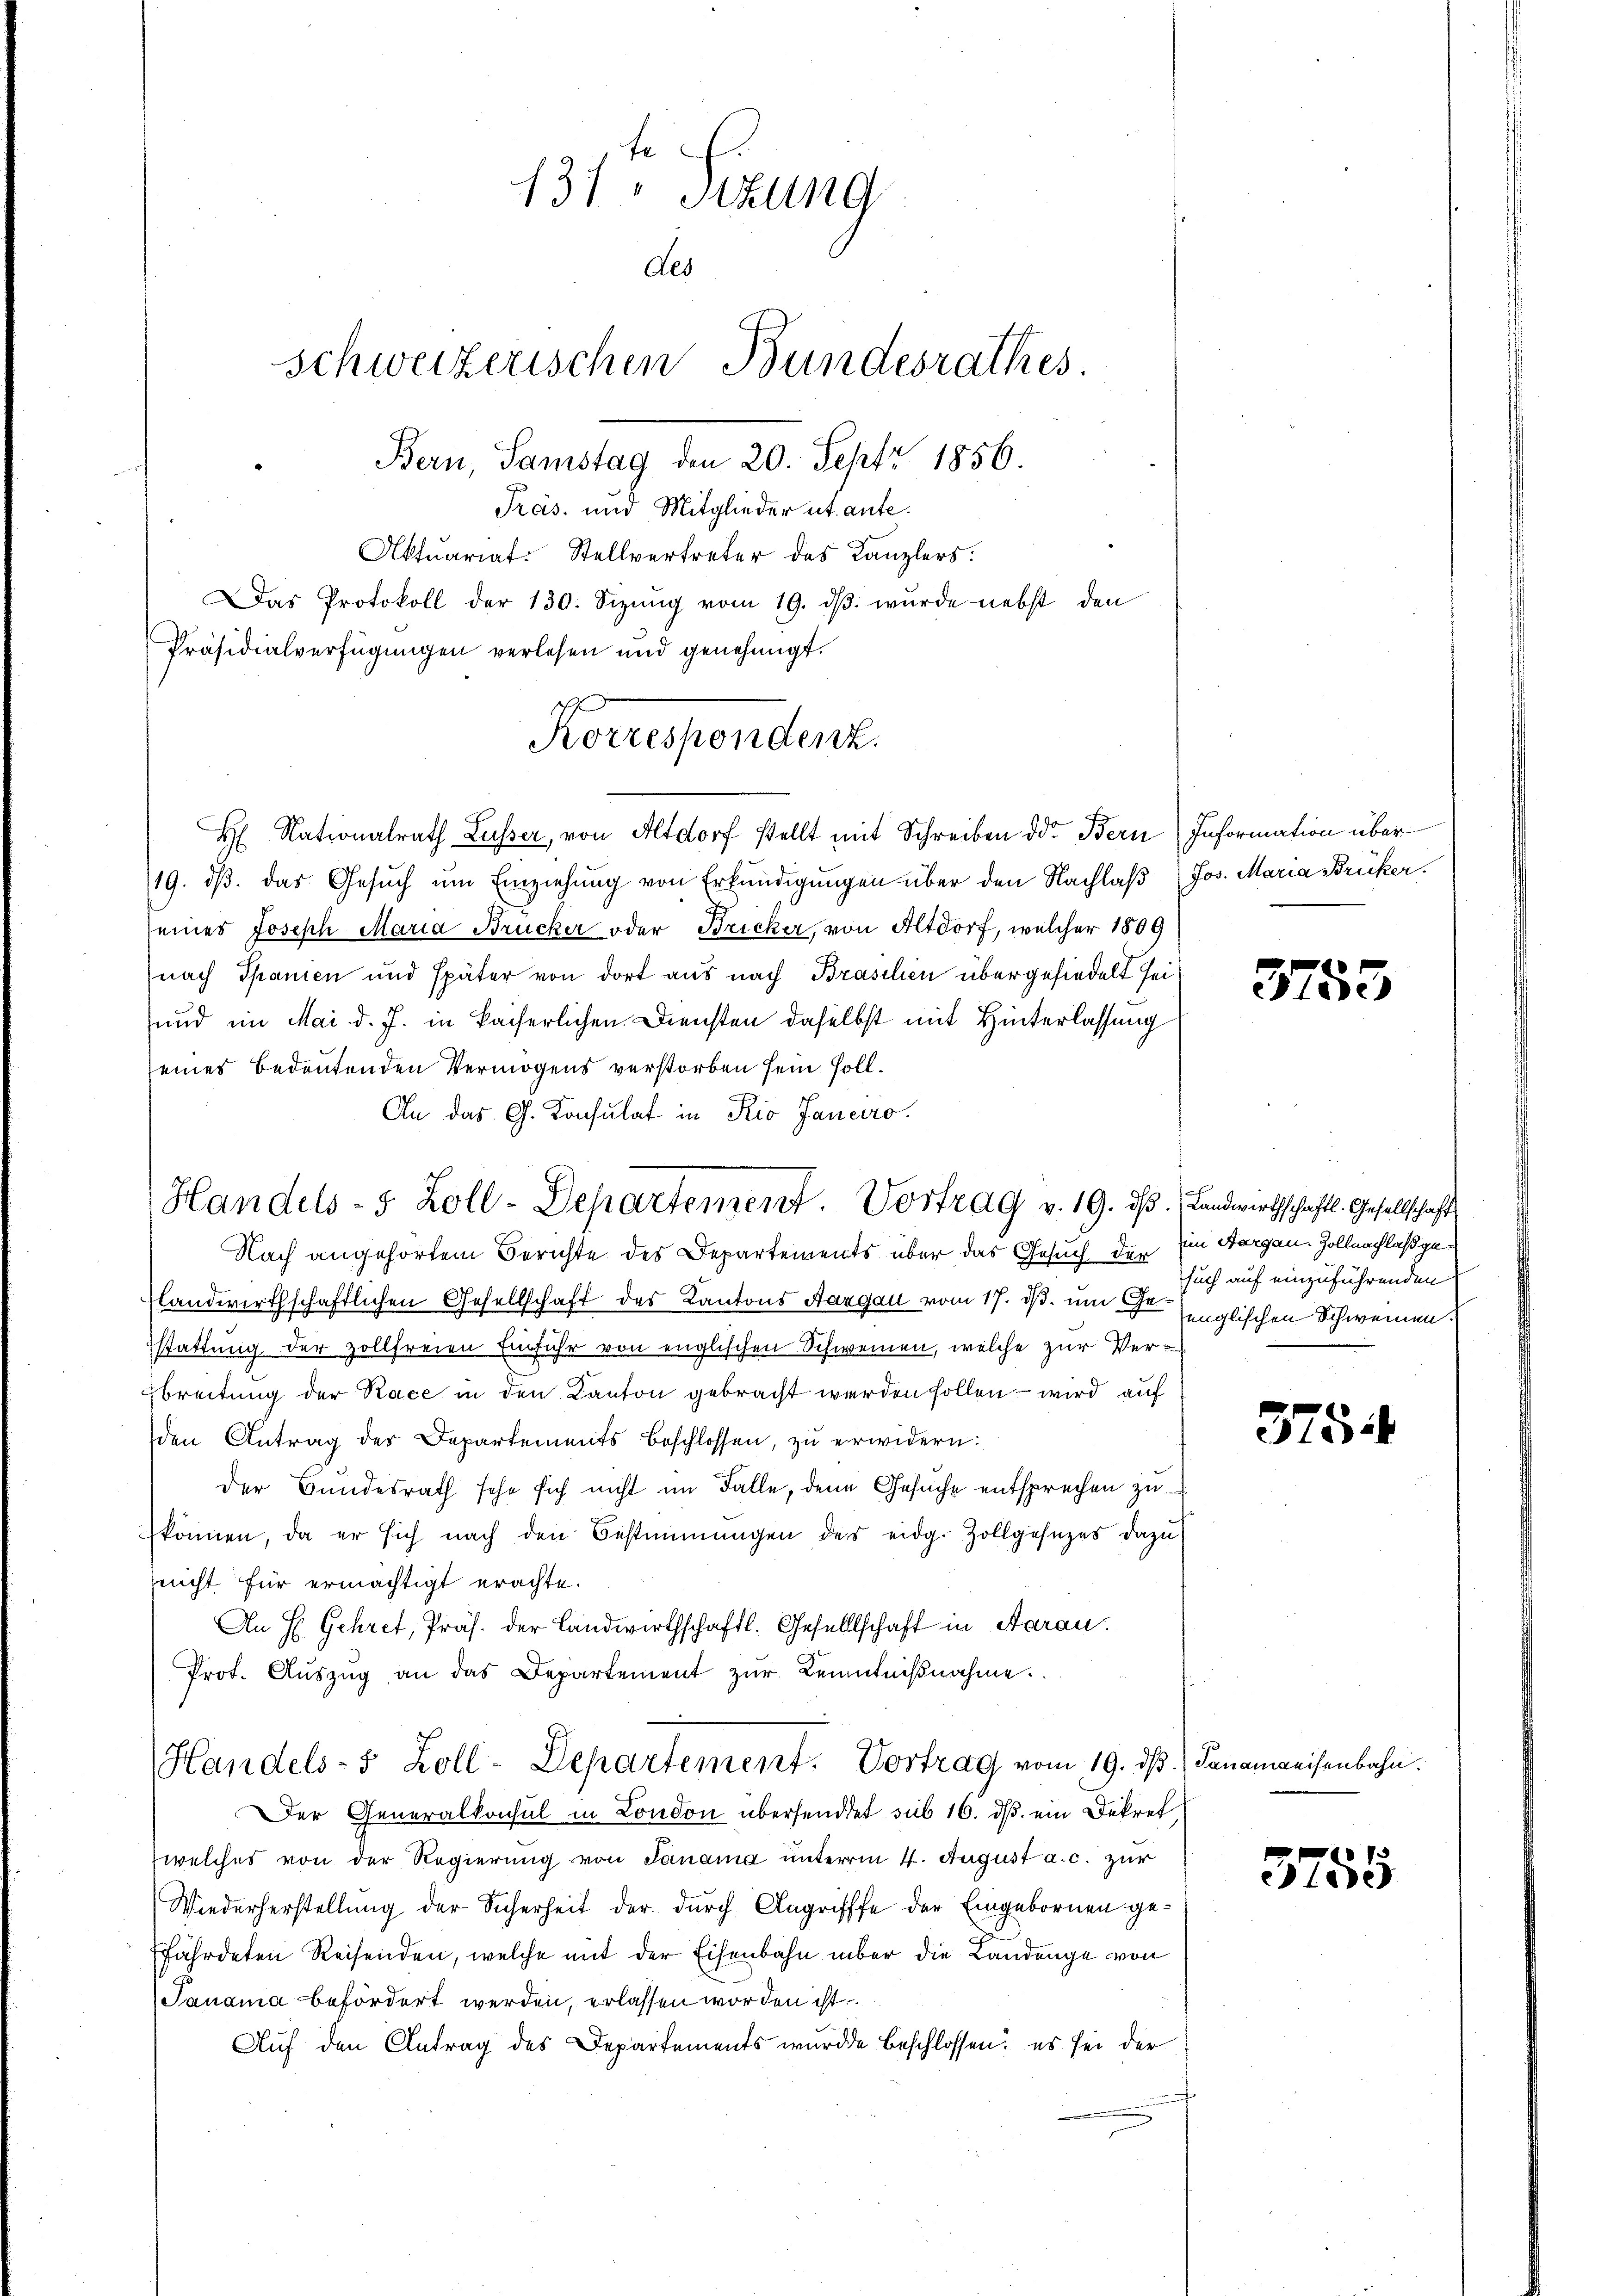
Aktuariat-Stellvertreter des Kanzlers:
Das Protokoll der 130. Sezŭng vom 19. dβ. wurde nebst den
Präsidialverfügungen verlesen und genehmigt.
H Nationalrath Lusser, von Altdorf stellt mit Schreiben der Bern Information über
19. dβ das Gesŭch ŭm Einziehung von Erkundigungen über den Nachlaß (Jos. Maria Brücker.
seines Joseph Maria Brucker oder Bricker, von Altdorf, welcher 1809
nach Spanien und später von dort aus nach Brasilien übergesiedelt sei,
und im Mai d. J. in kaiserlichen Diensten daselbst mit Hinterlassung
seines bedeutenden Vermögens verstorben sein soll.
An das G. Konsulat in Rio Janeiro
Nach angehörtem Berichte des Departements über das Gesuch der Ein Aargau. Zollnachlaß ge
flandwirthschaftlichen Gesellschaft des Kantons Aargau vom 17. ds. um der englischen Schweinen
stattung der zollfreien Einfuhr von englischen Schweinen, welche zur Ver-
breitung der Race in den Kanton gebracht werden sollen – wird auf
den Antrag des Departements beschlossen, zu erwidern:
der Bundesrath sehe sich nicht im Falle, den Gesuche entsprechen zu
können, da er sich nach den Bestimmungen des eidg. Zollgesezes dazu
nicht für ermächtigt erachte.
An E. Gehret, Präs. der Landwirthschaftl. Gesellschaft in Aaran.
Prot. Aŭszŭg an das Departement zŭr Kenntniβnahme.
Handels- 5 Zoll-Departement. Vortrag vom 19. dβ.  Sananweisenbahn.
Der Generalkonsul in London übersendet sub 16. ds. ein Dekret
welches von der Regierung von Panama unterm 4. August a. c. zur
Wiederherstellung der Sicherheit der durch Angrifffe der Eingebornen ge¬
Efährdeten Reisenden, welche mit der Eisenbahn über die Landenge von
Janama befördert werden, erlassen worden ist.
Auf den Antrag des Departements wurde beschlossen; es sei der

131 " Stzung
des
schweizerischen Bundesrathes.
Bern, Samstag den 20. Sept 1856.
Pras. und Mitglieder et. ante.

s
Korrespondenz.

Handels- 5 Zoll-Departement. Vortrag v. 19. dβ. Landwirthschaftl. Gesellschaft

such auf einzuführenden

3755

375

3755